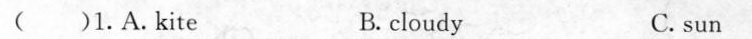
( )1.A.kite B. cloudy C. sun